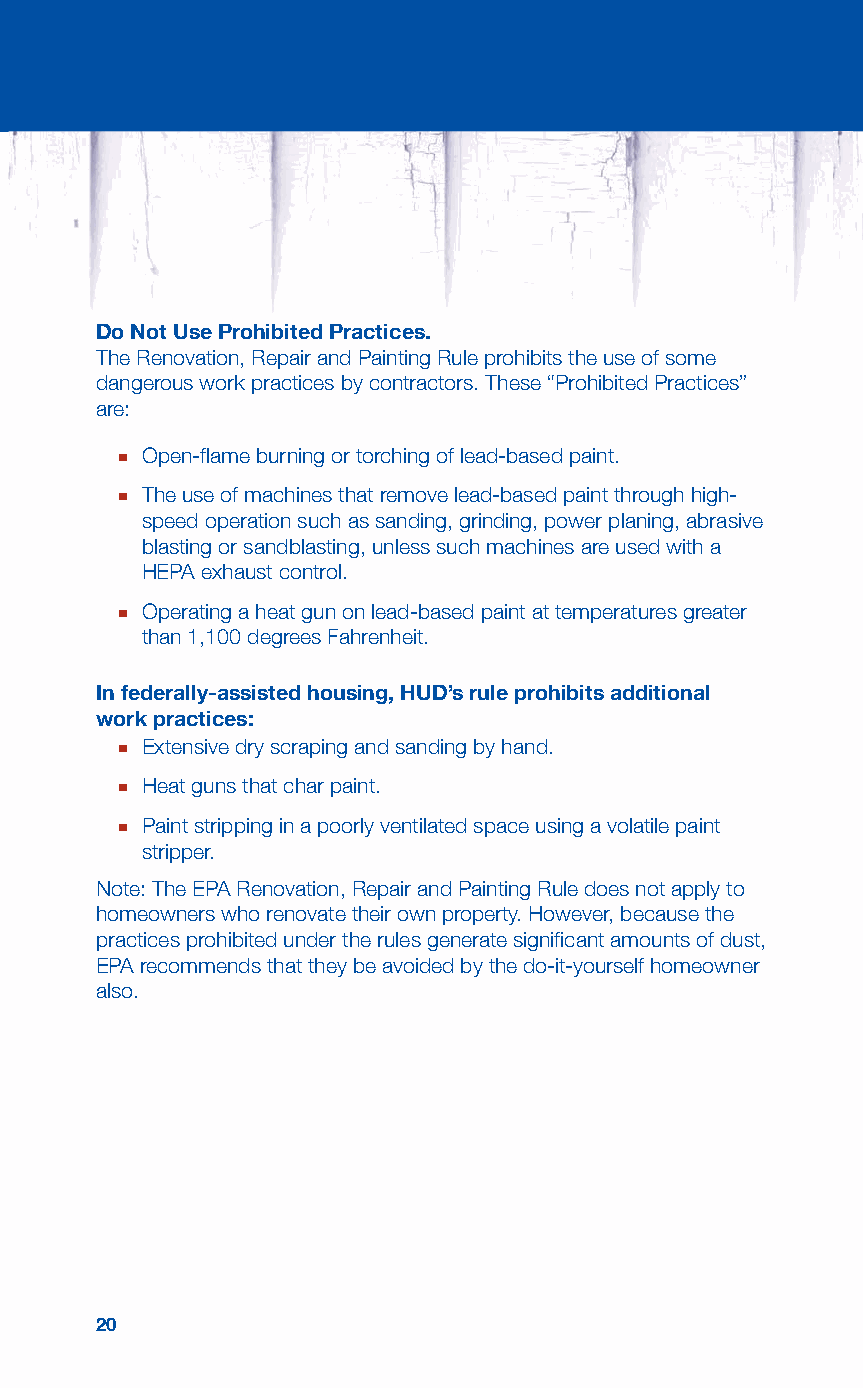
Do Not Use Prohibited Practices.
 The Renovation, Repair and Painting Rule prohibits the use of some
 dangerous work practices by contractors. These “Prohibited Practices”
 are:
 ■ Open-flame burning or torching of lead-based paint.
 ■ The use of machines that remove lead-based paint through high-
 speed operation such as sanding, grinding, power planing, abrasive
 blasting or sandblasting, unless such machines are used with a
 HEPA exhaust control.
 ■ Operating a heat gun on lead-based paint at temperatures greater
 than 1,100 degrees Fahrenheit.
 In federally-assisted housing, HUD’s rule prohibits additional
 work practices:
 ■ Extensive dry scraping and sanding by hand.
 ■ Heat guns that char paint.
 ■ Paint stripping in a poorly ventilated space using a volatile paint
 stripper.
 Note: The EPA Renovation, Repair and Painting Rule does not apply to
 homeowners who renovate their own property. However, because the
 practices prohibited under the rules generate significant amounts of dust,
 EPA recommends that they be avoided by the do-it-yourself homeowner
 also.
 20